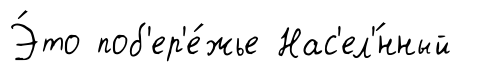
Э́то поб'ер'е́жье Нас'ел'́нный